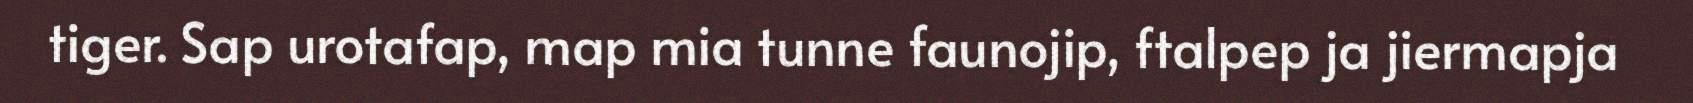
tiger. Sap urotafap, map mia tunne faunojip, ftalpep ja jiermapja